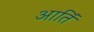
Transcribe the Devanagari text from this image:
आतिं